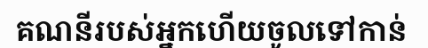
គណនីរបស់អ្នកហើយចូលទៅកាន់